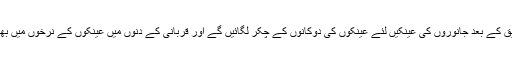
لوگ دانتوں کی تصدیق کے بعد جانوروں کی عینکیں لئے عینکوں کی دوکانوں کے چکر لگائیں گے اور قربانی کے دنوں میں عینکوں کے نرخوں میں بھی اضافہ ہو جائے گا۔